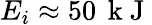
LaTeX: E_{i}\approx 50\, \mathrm{~k~J~}